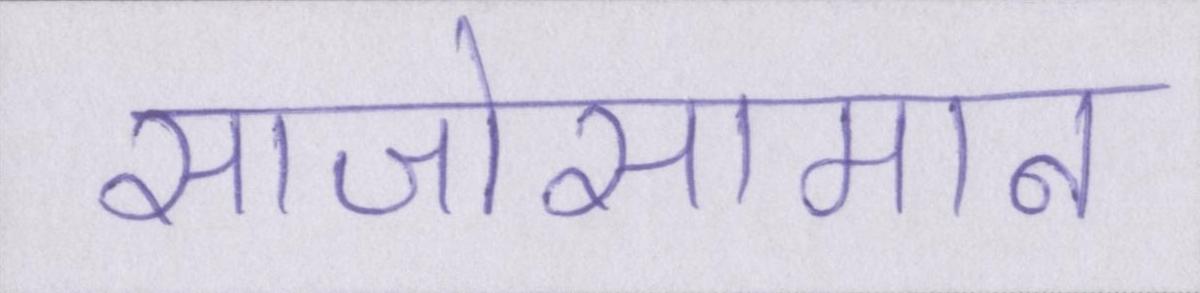
साजोसामान